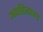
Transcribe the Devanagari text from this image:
अपरित्याज्य